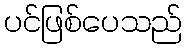
ပင်ဖြစ်ပေသည်